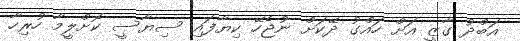
އަބްދު ގާޒީ އަށް ހައްގު ދޭކަށް ނުޖެހޭ ކިޔާފައި ސިޔާސީ ކޮށްލީމާ ހުރިހާ